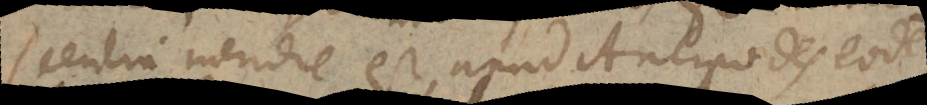
scentia meridie est apud Antipodes eodem